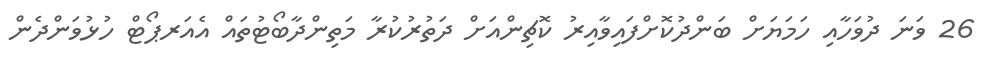
26 ވަނަ ދުވަހާއި ހަމަޔަށް ބަންދުކޮށްފައިވާއިރު ކޮޗިންއަށް ދަތުރުކުރާ މަތިންދާބޯޓުތައް އެއަރޕޯޓް ހުޅުވަންދެން